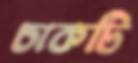
চাকটি